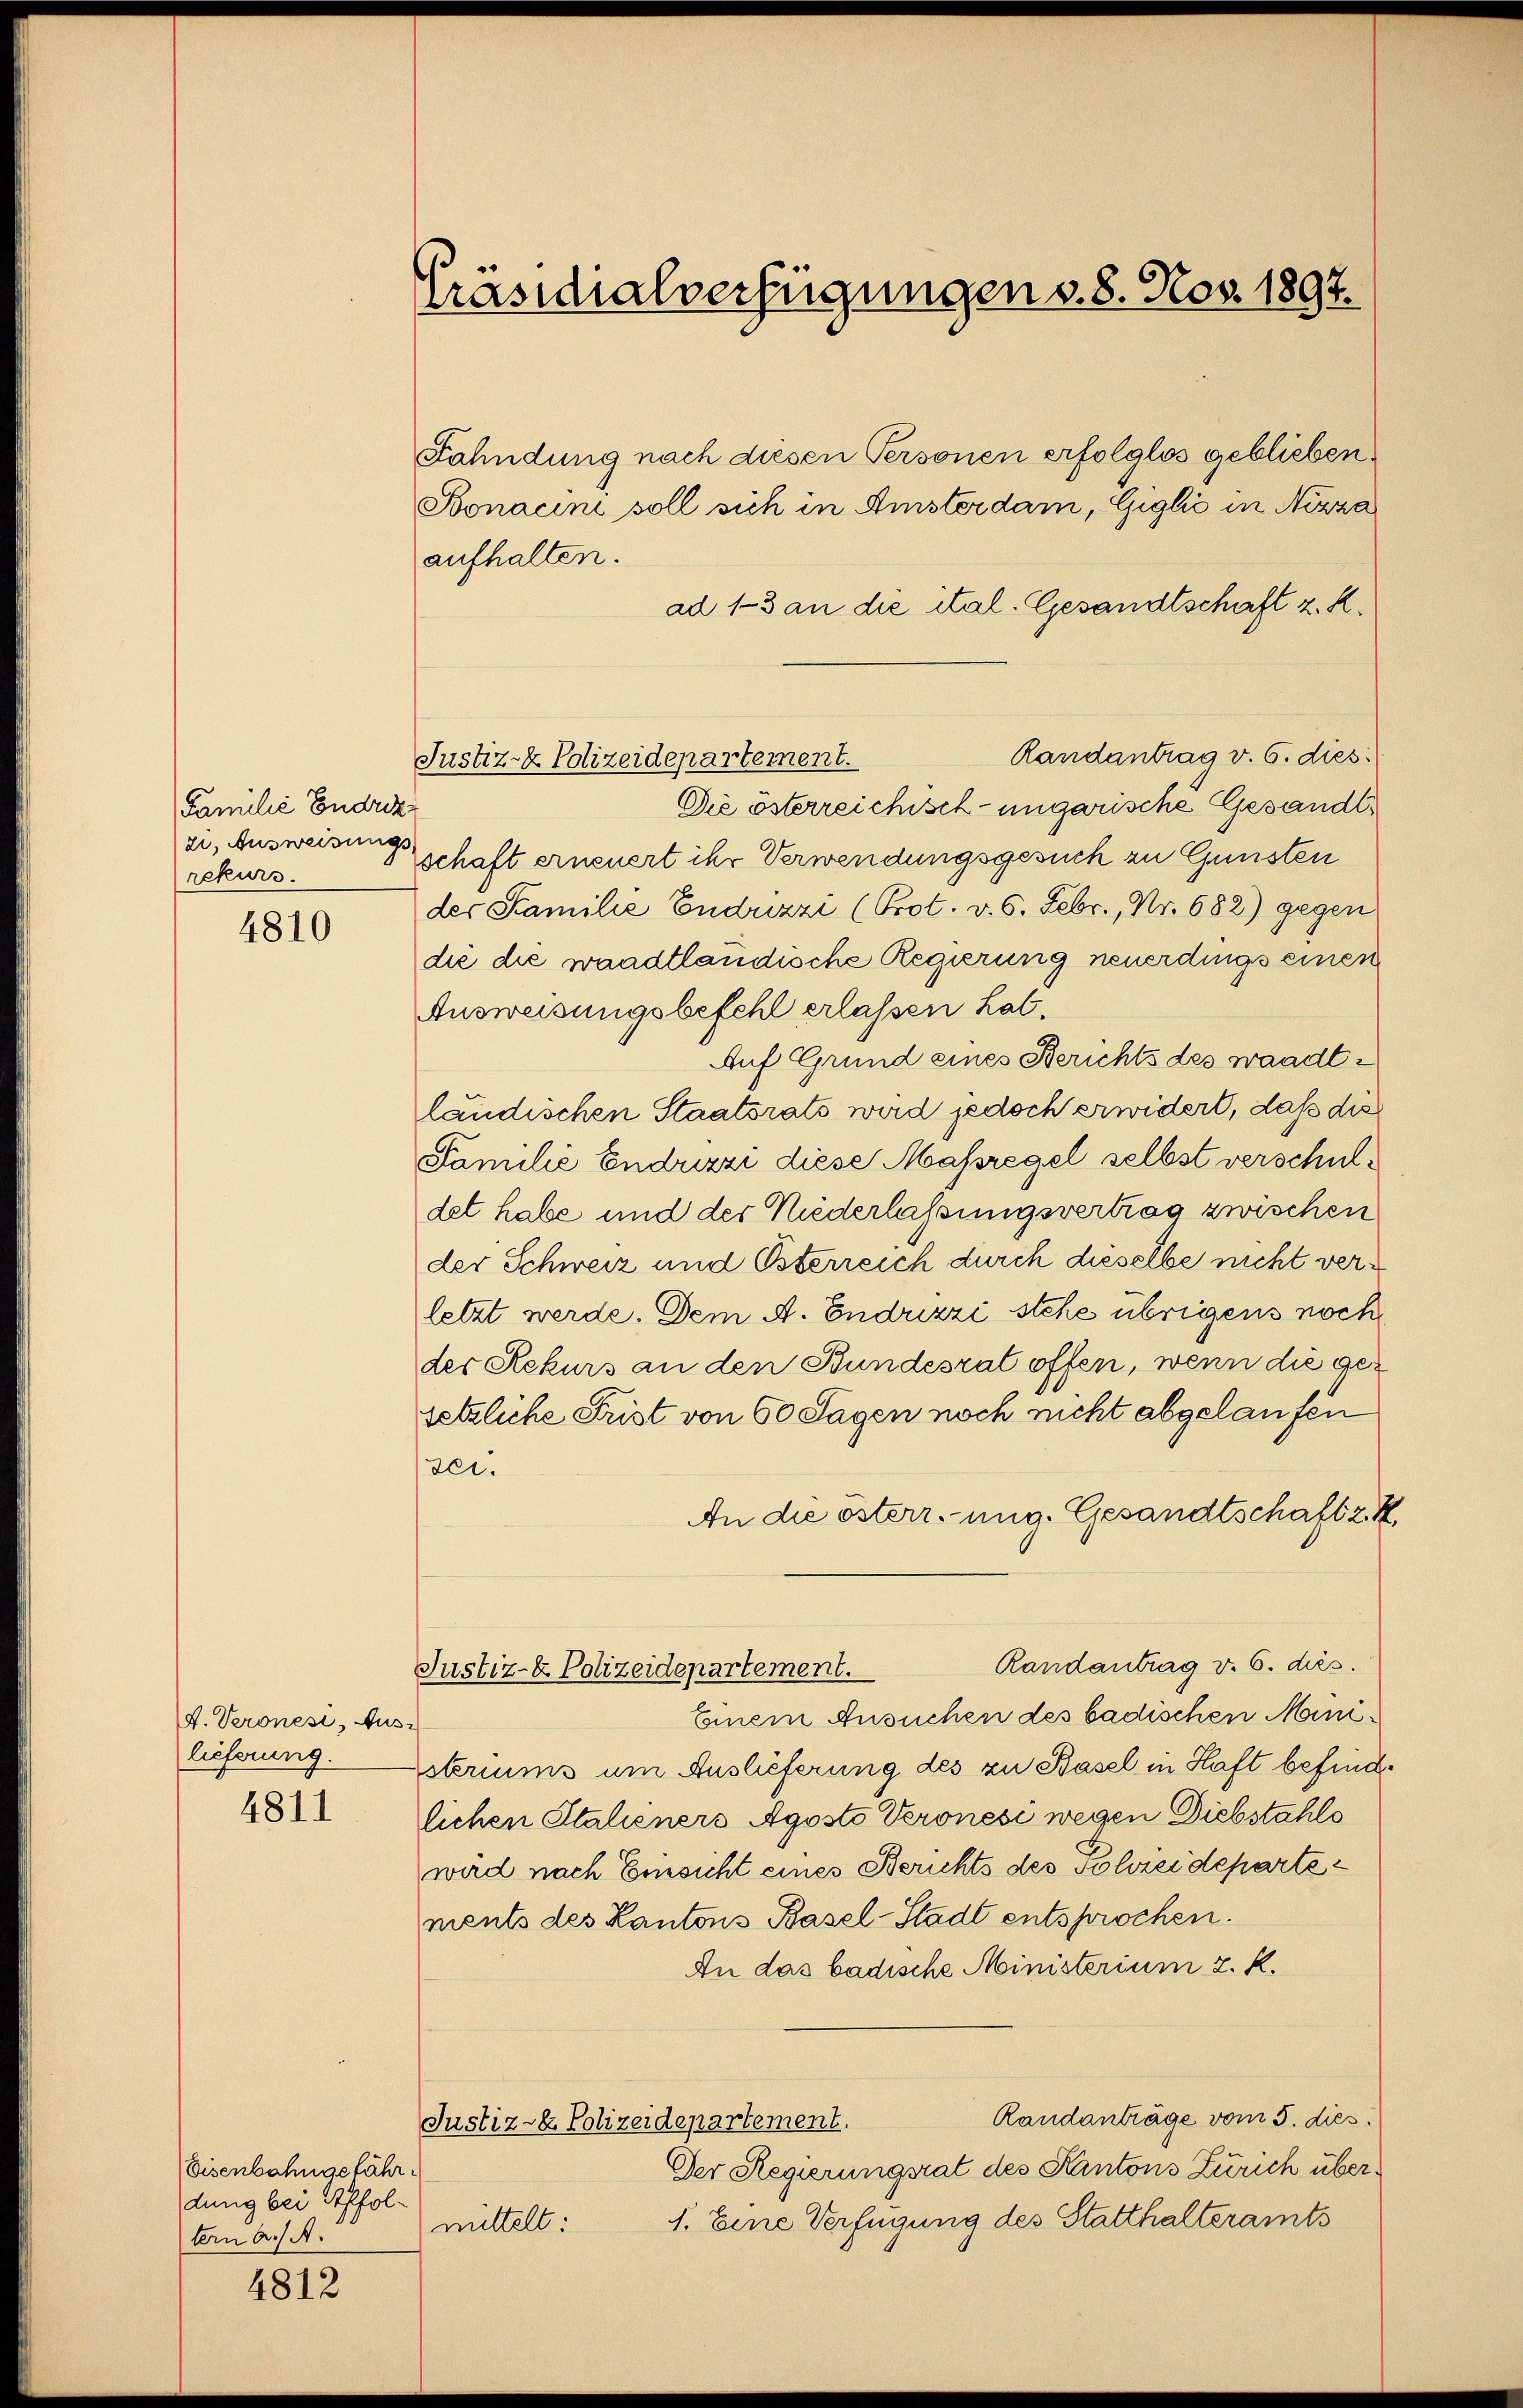
Familie Endriz
zi, Ausweisungs-
rekurs.

4810

A. Veronese, Aus
lieferung.

4811

Eisenbahngefährdung bei Affoltern a/A.

4812

Präsidialverfügungen v. 8. Nov. 1897.

Fahndung nach diesen Personen erfolglos geblieben.
Bonacini soll sich in Amsterdam, Giglić in Nizza
aufhalten.
ad 13 an die ital. Gesandtschaft z. R.
Randantrag v. 6. dies
Die österreichisch-ungarische Gesandtschaft erneuert ihr Verwendungsgesuch zu Gunsten
der Familie Endrizzi (Prot. v. 6. Febr., Nr. 682) gegen
die die waadtländische Regierung neuerdings einen
Ausweisungsbefehl erlassen hat.
Auf Grund eines Berichts des waadtländischen Staatsrats wird jedoch erwidert, daß die
Familie Endrizzi diese Massregel selbst verschuldet habe und der Niederlassungsvertrag zwischen
der Schweiz und Österreich durch dieselbe nicht verletzt werde. Dem A. Enduzzi stehe übrigens noch
der Rekurs an den Bundesrat offen, wenn die gesetzliche Frist von 60 Sagen noch nicht abgelaufen
sei.
An die österr. ung. Gesandtschaft z. K
Randantrag v. 6. dies.
Justiz- & Polizeidepartement.
Einem Ansuchen des badischen Ministeriums um Auslieferung des zu Basel in Haft befinde
lichen Stalieners Agosto Veronese wegen Diebstahls
wird nach Einsicht eines Berichts des Schreidepartements des Kantons Basel-Stadt entsprochen.
An das badische Ministerium 2. K.
Randanträge vom 5. dies
Justiz- & Polizeidepartement.
Der Regierungsrat des Kantons Zürich über¬
1. Eine Verfügung des Statthalteramts
mittelt:

Justiz- & Polizeidepartement.